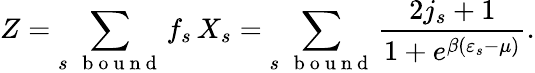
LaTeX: Z=\sum_{s\mathrm{~\, ~b~o~u~n~d~}}f_{s}\, X_{s}=\sum_{s\mathrm{~\, ~b~o~u~n~d~}}\frac{2j_{s}+1}{1+e^{\beta(\varepsilon_{s}-\mu)}}.